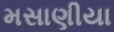
મસાણીયા